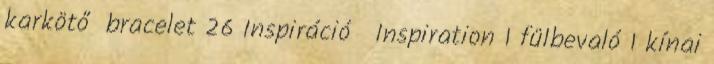
karkötő bracelet 26 Inspiráció Inspiration 1 fülbevaló 1 kínai